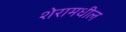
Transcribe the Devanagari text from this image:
शेरामधील